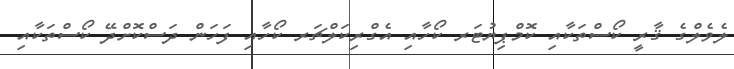
ލެވެލްގެ ޤާރީ ކޯސްތަކާއި ކޮމްޕިޔުޓަރ ކޯހާއި އެގްރިކަލްޗަރ ކޯހާއި ފަހަން ދަސްކޮށްދޭ ކޯސްތަކާއި